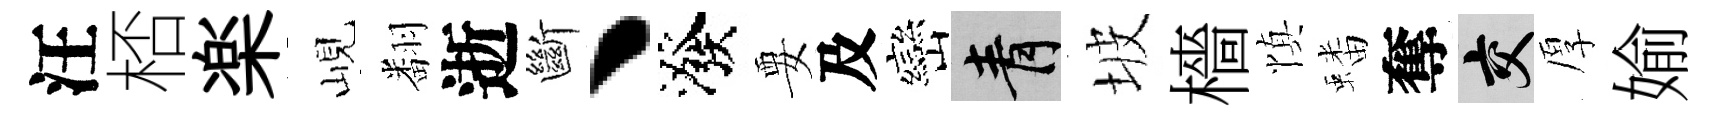
汪桮楽峴翻逝斷丶潑要及巒青坡檣慎蟠奪交厚媮